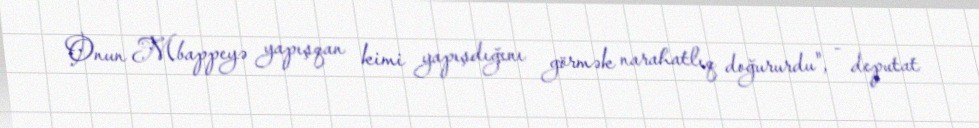
Onun Mbappeyə yapışqan kimi yapışdığını görmək narahatlıq doğururdu", - deputat